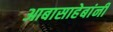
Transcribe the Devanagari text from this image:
आबासाहेबांनी